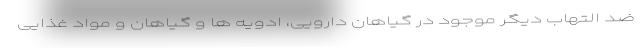
ضد التهاب دیگر موجود در گیاهان دارویی، ادویه ها و گیاهان و مواد غذایی